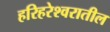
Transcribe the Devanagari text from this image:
हरिहरेश्वरातील